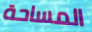
المساحة